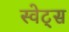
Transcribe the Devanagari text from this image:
स्वेट्स